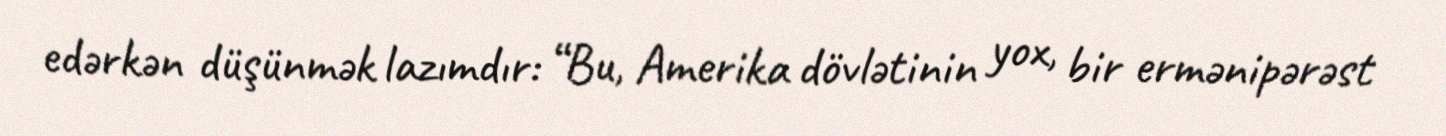
edərkən düşünmək lazımdır: “Bu, Amerika dövlətinin yox, bir ermənipərəst